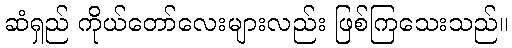
ဆံရှည် ကိုယ်တော်လေးများလည်း ဖြစ်ကြသေးသည်။